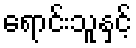
ရောင်းသူနှင့်